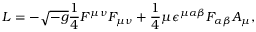
{ \cal L } = - \sqrt { - g } { \frac { 1 } { 4 } } F ^ { \mu \nu } F _ { \mu \nu } + { \frac { 1 } { 4 } } \mu \epsilon ^ { \mu \alpha \beta } F _ { \alpha \beta } A _ { \mu } ,